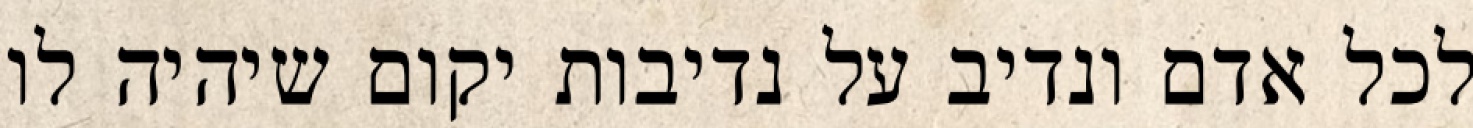
לכל אדם ונדיב על נדיבות יקום שיהיה לו